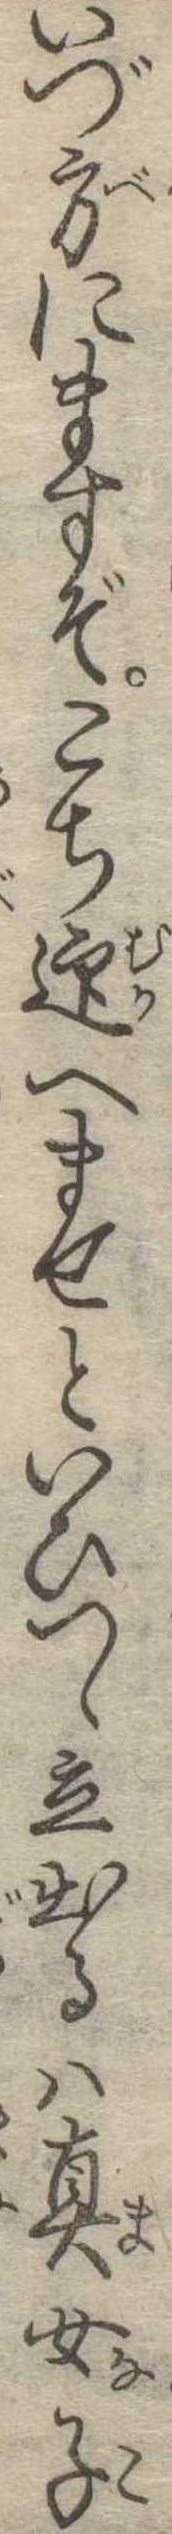
いづ方にますぞこち迎へませといひつゝ立出るは真女子